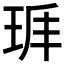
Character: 𤤵